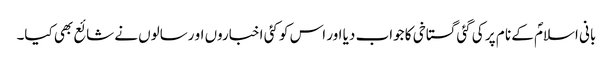
بانی اسلامؐ کے نا م پر کی گئی گستاخی کا جواب دیا اور اس کو کئی اخباروں او رسالوں نے شائع بھی کیا۔